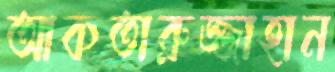
আকতারুজ্জাহান